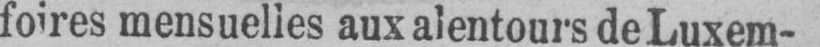
foires mensuelles aux alentours de Luxem-